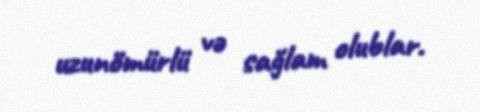
uzunömürlü və sağlam olublar.